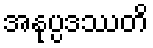
အနုပ္ပဒဿတိ